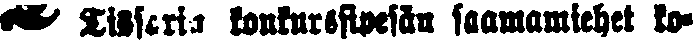
# Tissaria konkurssipesän saamamiehet ko-